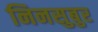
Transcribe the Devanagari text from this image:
निनसुबुर